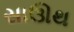
સાઊથ